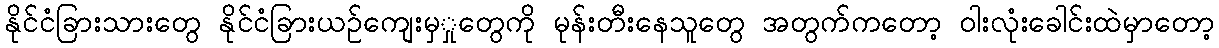
နိုင်ငံခြားသားတွေ နိုင်ငံခြားယဉ်ကျေးမှှုတွေကို မုန်းတီးနေသူတွေ အတွက်ကတော့ ဝါးလုံးခေါင်းထဲမှာတော့